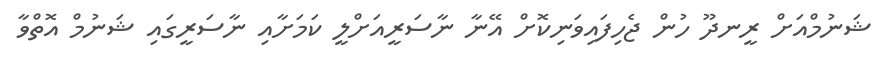
ޝަނުމްއަށް ރީނދޫ ހުން ޖެހިފައިވަނިކޮށް އޭނާ ނާސަރީއަށްލީ ކަމަށާއި ނާސަރީގައި ޝަނުމް އޮތްވާ